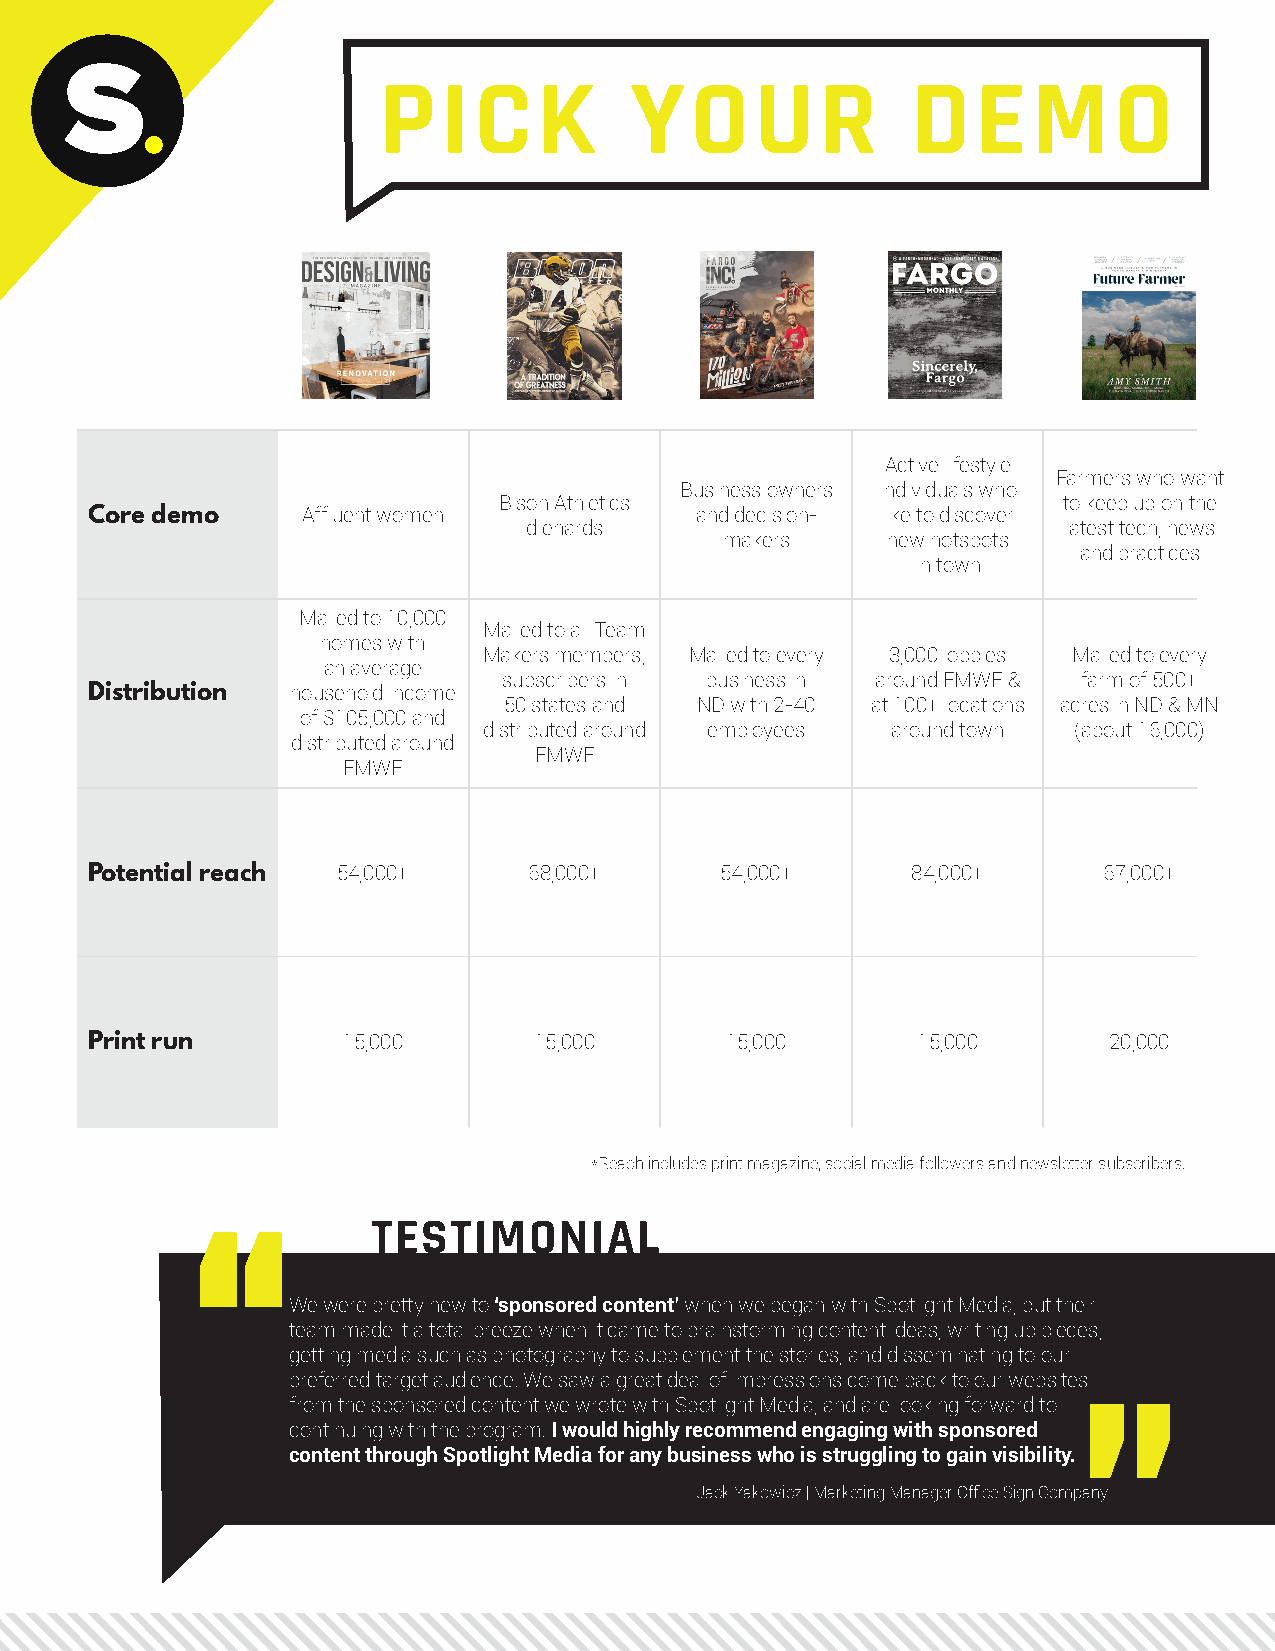
PICK             YOUR              DEMO
 Active lifestyle
 Farmers who want
 Business owners individuals who
 Bison Athletics                      to keep up on the
 Core demo     Affluent women            and decision- like to discover
 diehards                            latest tech, news
 makers     new hotspots
 and practices
 in town
 Mailed to 10,000
 Mailed to all Team
 homes with
 Makers members, Mailed to every 3,000 lobbies Mailed to every
 an average
 subscribers in business in around FMWF & farm of 500+
 Distribution household income
 50 states and ND with 2-40 at 100+ locations acres in ND & MN
 of $105,000 and
 distributed around employees around town (about 16,000)
 distributed around
 FMWF
 FMWF
 Potential reach 54,000+      68,000+      54,000+     84,000+      67,000+
 Print run        15,000      15,000       15,000       15,000      20,000
 *Reach includes print magazine, social media followers and newsletter subscribers.
 “            TESTIMONIAL
 We were pretty new to ‘sponsored content’ when we began with Spotlight Media, but their
 team made it a total breeze when it came to brainstorming content ideas, writing up pieces,
 getting media such as photography to supplement the stories, and disseminating to our
 preferred target audience. We saw a great deal of impressions come back to our websites
 from the sponsored content we wrote with Spotlight Media, and are looking forward to ”
 continuing with the program! I would highly recommend engaging with sponsored
 content through Spotlight Media for any business who is struggling to gain visibility.
 Jack Yakowicz | Marketing Manager Office Sign Company